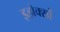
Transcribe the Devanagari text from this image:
इझेक्सों